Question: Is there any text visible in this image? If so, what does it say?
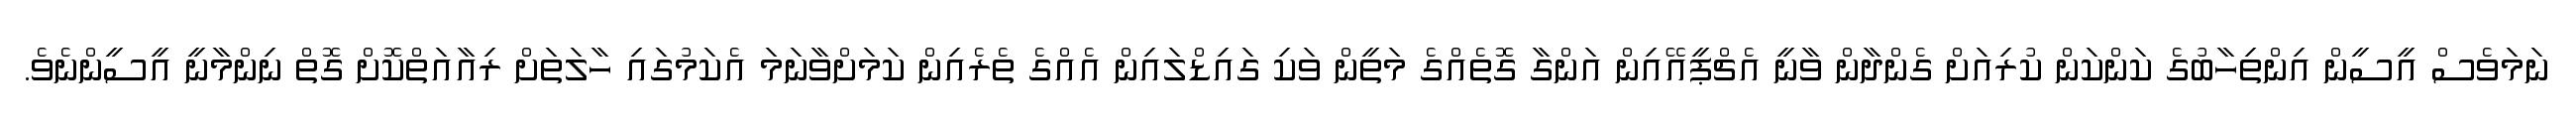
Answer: ނަމަވެސް އީސީން އިންތިހާބުގެ ކަންކަން ކުރިއަށް ގެންދާން ވާނީ އެޗްޕީއޭއިން އަންގާ ގޮތެއްގެ މަތީން ވަކި ގައިޑްލައިން އެއްގެ ތެރެއިން ކަމަށްވާނަމަ އެކަމުގައި ހާލަތަށް ރިއާއަތްކޮށް ގޮތް ނިންމާނީ އީސީންނެވެ.